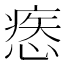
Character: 𢞱